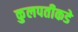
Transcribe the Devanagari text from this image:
कुलपतीकडे